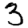
Digit: 3